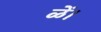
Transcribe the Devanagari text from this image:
ळें।